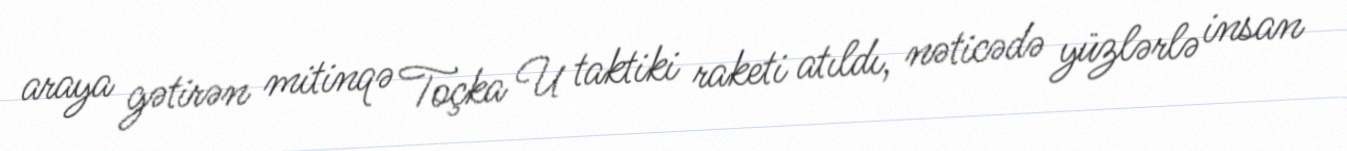
araya gətirən mitinqə Toçka U taktiki raketi atıldı, nəticədə yüzlərlə insan